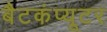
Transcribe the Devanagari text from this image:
बैटकंप्यूटर